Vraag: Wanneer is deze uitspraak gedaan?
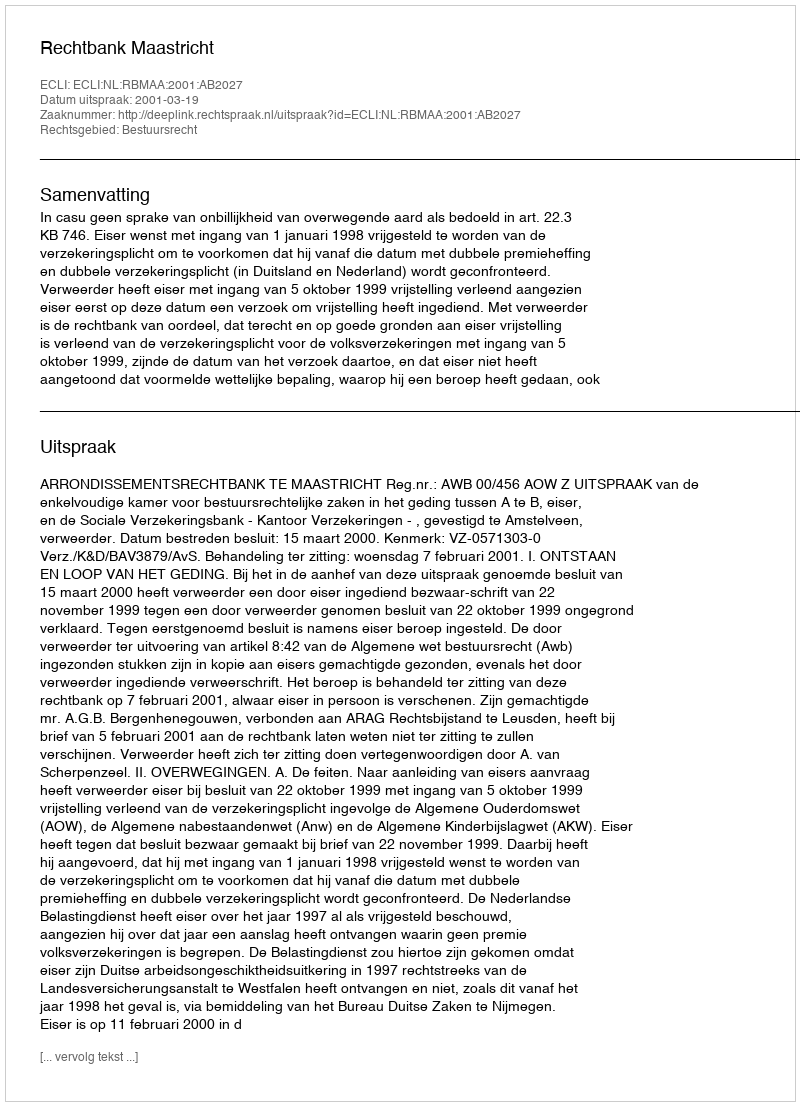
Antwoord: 2001-03-19